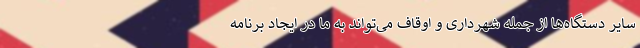
سایر دستگاه‌ها از جمله شهرداری و اوقاف می‌تواند به ما در ایجاد برنامه